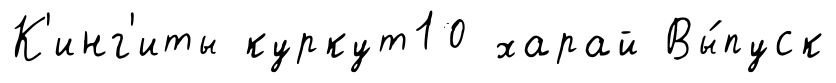
К'инг'иты куркут10 харай Вы́пуск